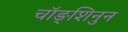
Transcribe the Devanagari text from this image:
चॉङ्शिनुन